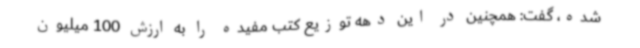
شده، گفت: همچنین در این دهه توزیع کتب مفیده را به ارزش 100 میلیون